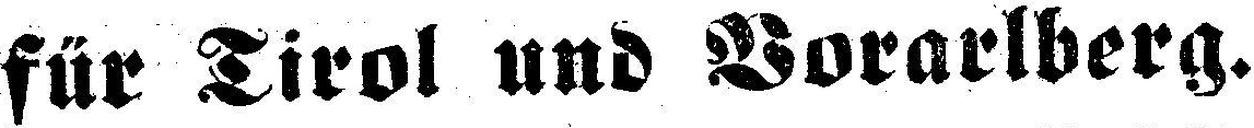
für Tirol und Vorarlberg.